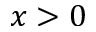
x > 0